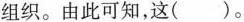
组织。由此可知，这()。